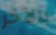
بالآخر